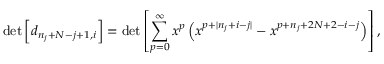
\operatorname * { d e t } \left[ d _ { n _ { j } + N - j + 1 , i } \right] = \operatorname * { d e t } \left[ \sum _ { p = 0 } ^ { \infty } x ^ { p } \left( x ^ { p + | n _ { j } + i - j | } - x ^ { p + n _ { j } + 2 N + 2 - i - j } \right) \right] ,